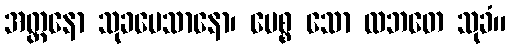
အတ္တနော သုခမေသာနော၊ ပေစ္စ သော လဘတေ သုခံ။